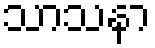
သာသနာ